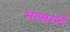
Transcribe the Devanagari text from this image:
मत्सराने